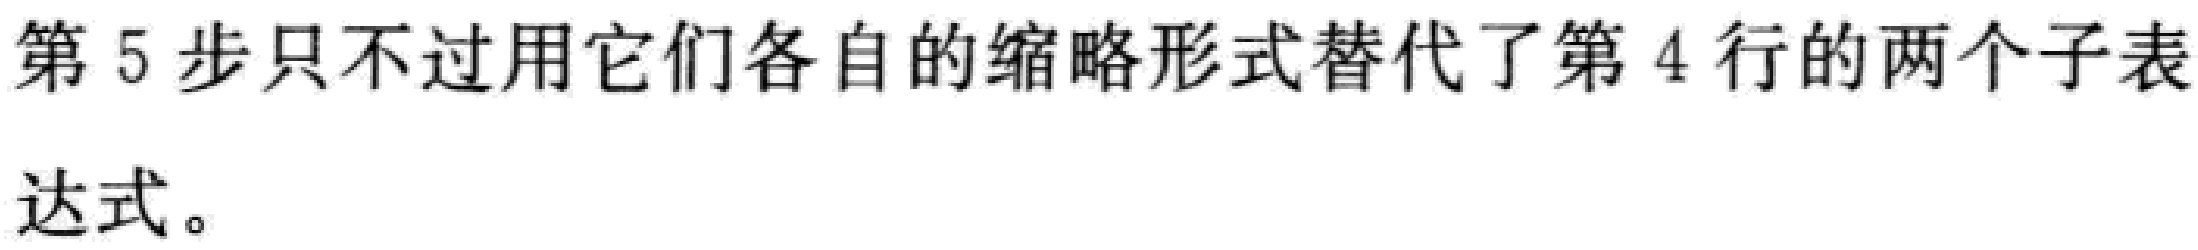
第5步只不过用它们各自的缩略形式替代了第4行的两个子表达式。